King Institute of Preventive Medicine Micro-Biological Section reports 1909-11
Year: 1909
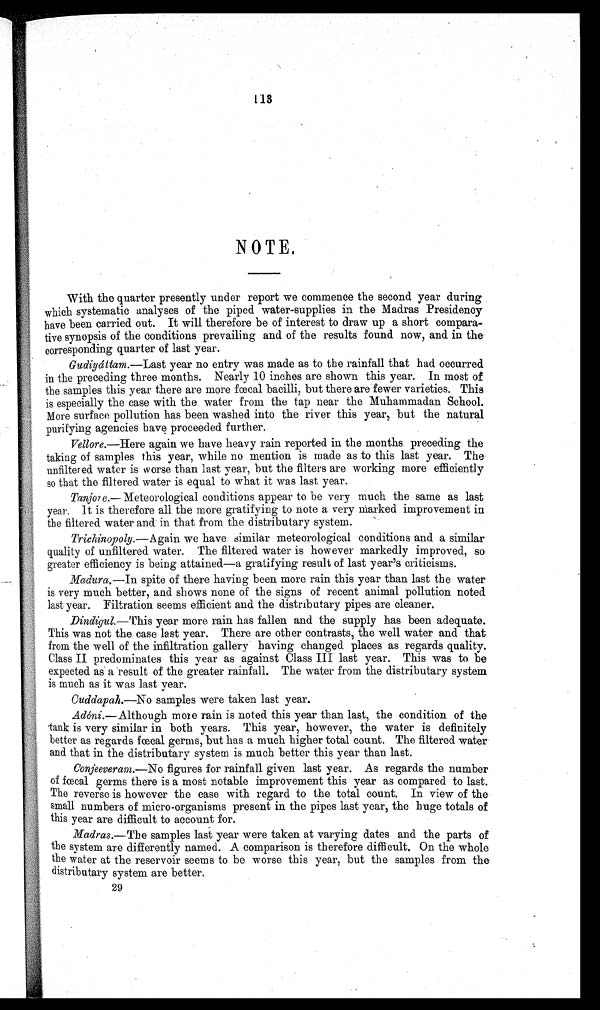
113
NOTE .
With the quarter presently under report we commence the second year during
which systematic analyses of the piped water-supplies in the Madras Presidency
have been carried out. It will therefore be of interest to draw up a short compara-
tive synopsis of the conditions prevailing and of the results found now, and in the
corresponding quarter of last year.
Gudiy átta m.— Last year no entry was made as to the rainfall that had occurred
in the preceding three months. Nearly 10 inches are shown this year. In most of
the samples this year there are more fœcal bacilli, but there are fewer varieties. This
is especially the case with the water from the tap near the Muhammadan School.
More surface pollution has been washed into the river this year, but the natural
purifying agencies have proceeded further.
Vellore.— Here again we have heavy rain reported in the months preceding the
taking of samples this year, while no mention is made as to this last year. The
unfiltered water is worse than last year, but the filters are working more effcient]y
so that the filtered water is equal to what it was last year.
Tanjore.—Meteorological conditions appear to be very much the same as last
year. It is therefore all the more gratifying to note a very marked improvement in
the filtered water and in that from the distributary system.
Trichinopoly.—Again we have similar meteorological conditions and a similar
quality of unfiltered water. The filtered water is however markedly improved, so
greater efficiency is being attained—a gratifying result of last year's criticisms.
Madura
.—In spite of there having been more rain this year than last the water
is very much better, and shows none of the signs of recent animal pollution noted
last year. Filtration seems efficient and the distributary pipes are cleaner.
Dindigul.— This year more rain has fallen and the supply has been adequate.
This was not the case last year. There are other contrasts, the well water and that
from the well of the infiltration gallery having changed places as regards quality.
Class II predominates this year as against Class III last year. This was to be
expected as a result of the greater rainfall. The water from the distributary system
is much as it was last year.
Cuddapah.—No samples were taken last year.
Adóni
.—Although more rain is noted this year than last, the condition of the
tank is very similar in both years. This year, however, the water is definitely
better as regards fœcal germs, but has a much higher total count. The filtered water
and that in the distributary system is much better this year than last.
Conjeeveram . —No
figures for rainfall given last year. As regards the number
of fœcal germs there is a most notable improvement this year as compared to last.
The reverse is however the case with regard to the total count. In view of the
small numbers of miero-organisms present in the pipes last year, the huge totals of
this year are difficult to account for.
Μadras
.—The samples last year were taken at varying dates and the parts of
the system are differently named. A comparison is therefore difficult. On the whole
the water at the reservoir seems to be worse this year, but the samples from the
distributary system are better.
29